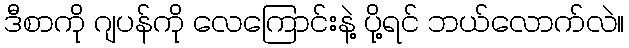
ဒီစာကို ဂျပန်ကို လေကြောင်းနဲ့ ပို့ရင် ဘယ်လောက်လဲ။